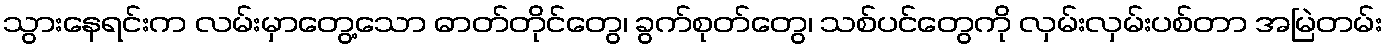
သွားနေရင်းက လမ်းမှာတွေ့သော ဓာတ်တိုင်တွေ၊ ခွက်စုတ်တွေ၊ သစ်ပင်တွေကို လှမ်းလှမ်းပစ်တာ အမြဲတမ်း